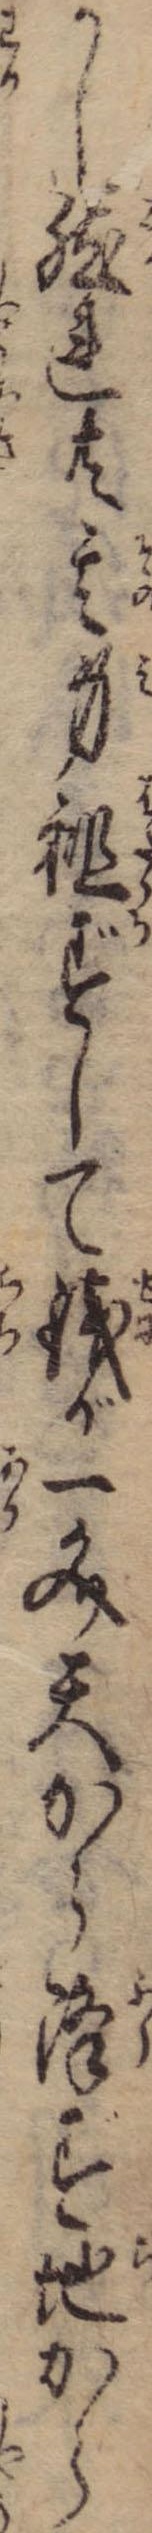
かし然れ共其身袒ずして銭が一文天から降ず地から